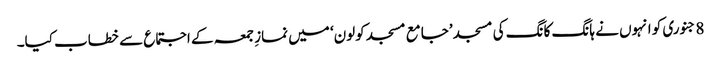
8 جنوری کو انہوں نے ہانگ کانگ کی مسجد ’جامع مسجد کولون‘ میں نمازِ جمعہ کے اجتماع سے خطاب کیا۔